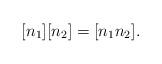
LaTeX: \begin{align*}[n_1][n_2]=[n_1 n_2].\end{align*}